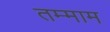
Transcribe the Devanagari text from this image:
तम्माम